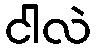
ငါလဲ